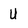
Character: U